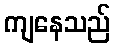
ကျနေသည်